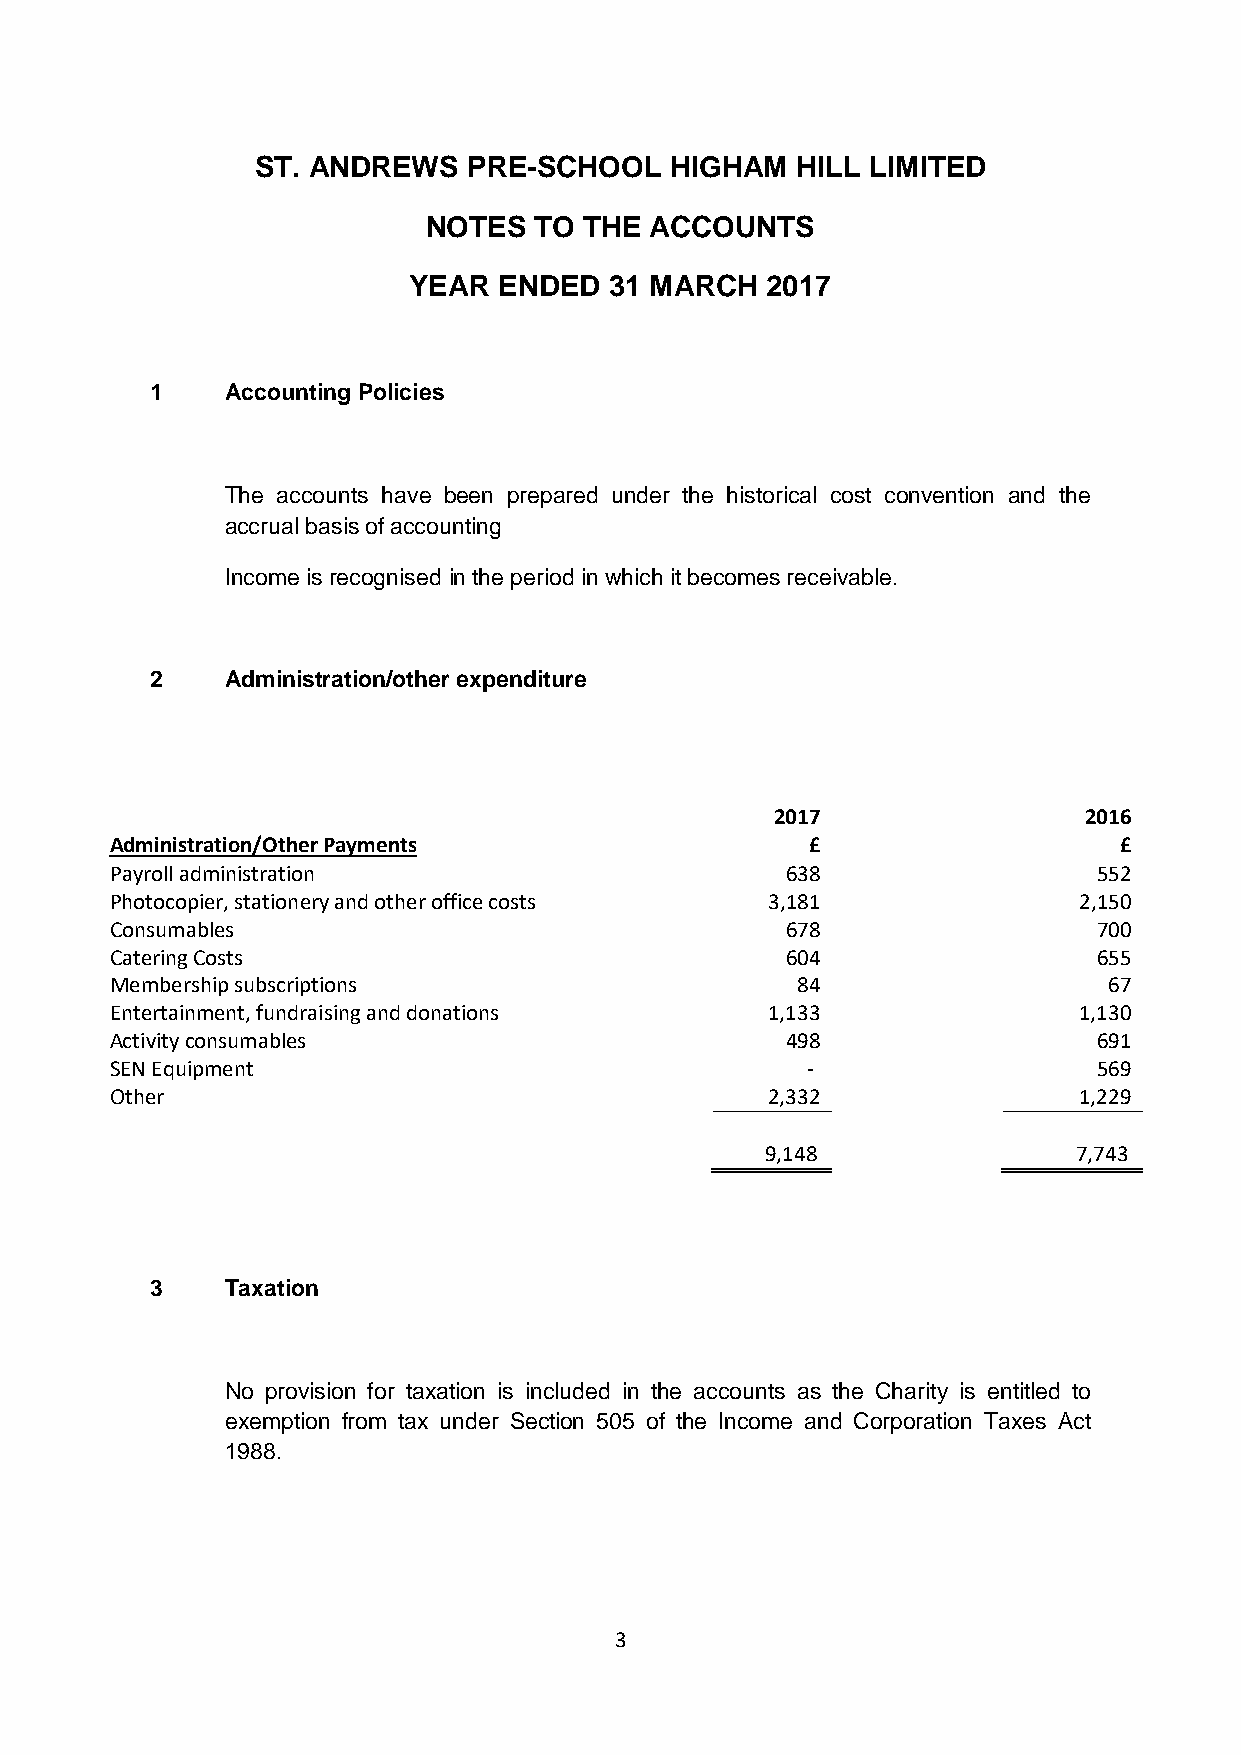
ST. ANDREWS   PRE-SCHOOL   HIGHAM   HILL LIMITED
 NOTES  TO  THE ACCOUNTS
 YEAR  ENDED  31 MARCH   2017
 1    Accounting Policies
 The accounts have been prepared under the historical cost convention and the
 accrual basis of accounting
 Income is recognised in the period in which it becomes receivable.
 2    Administration/other expenditure
 2017                 2016
 Administration/Other Payments                  £                   £
 Payrolladministration                        638                  552
 Photocopier, stationery and other office costs 3,181            2,150
 Consumables                                  678                  700
 Catering Costs                               604                  655
 Membership subscriptions                      84                  67
 Entertainment, fundraising and donations    1,133               1,130
 Activityconsumables                          498                  691
 SEN Equipment                                 -                   569
 Other                                       2,332               1,229
 9,148               7,743
 3    Taxation
 No provision for taxation is included in the accounts as the Charity is entitled to
 exemption from tax under Section 505 of the Income and Corporation Taxes Act
 1988.
 3